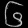
Digit: ၆